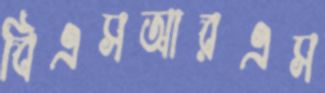
বিএসআরএস